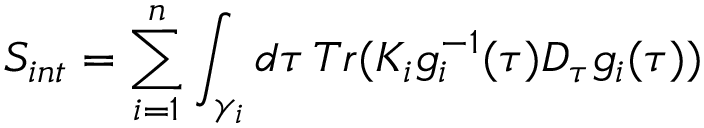
S _ { i n t } = \sum _ { i = 1 } ^ { n } \int _ { \gamma _ { i } } d \tau \, T r ( K _ { i } g _ { i } ^ { - 1 } ( \tau ) D _ { \tau } g _ { i } ( \tau ) )